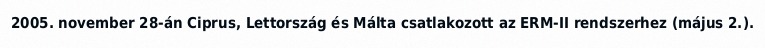
2005. november 28-án Ciprus, Lettország és Málta csatlakozott az ERM-II rendszerhez (május 2.).